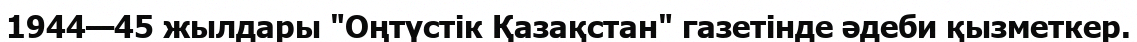
1944—45 жылдары "Оңтүстік Қазақстан" газетінде әдеби қызметкер.